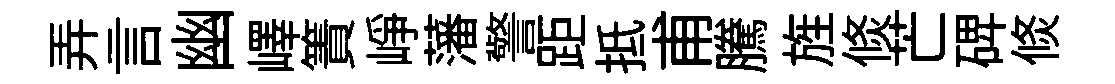
弄言幽嶧簀峥藩警距抵甫騰旌倐芒𥓓倐